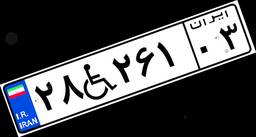
۲۸W۲۶۱۰۳